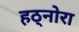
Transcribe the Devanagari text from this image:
हठ्नोरा